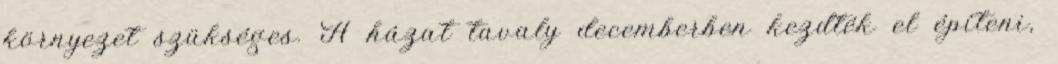
környezet szükséges. A házat tavaly decemberben kezdték el építeni,